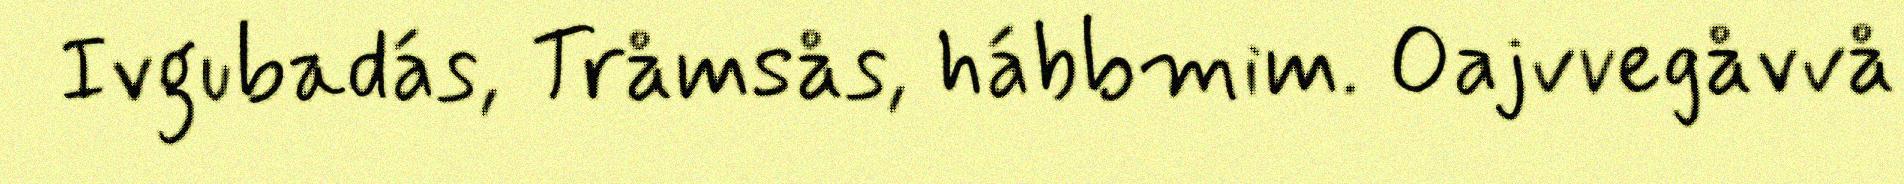
Ivgubadás, Tråmsås, hábbmim. Oajvvegåvvå